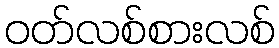
ဝတ်လစ်စားလစ်